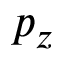
p _ { z }